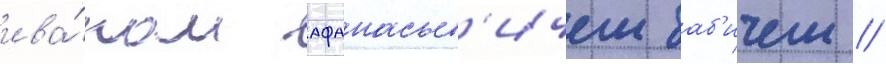
ива́ном афанасьев'ичем баб'ичем //